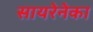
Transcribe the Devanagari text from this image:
सायरेनेका